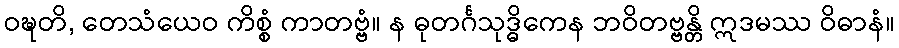
ဝဍ္ဎတိ, တေသံယေဝ ကိစ္စံ ကာတဗ္ဗံ။ န ဓုတင်္ဂသုဒ္ဓိကေန ဘဝိတဗ္ဗန္တိ ဣဒမဿ ဝိဓာနံ။